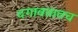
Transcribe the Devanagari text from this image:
दगावतातच